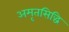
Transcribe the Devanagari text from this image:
अमृतसिद्धि